Rangoon Lunatic Asylum 1878-1892 - 1878-1892
Year: 1878
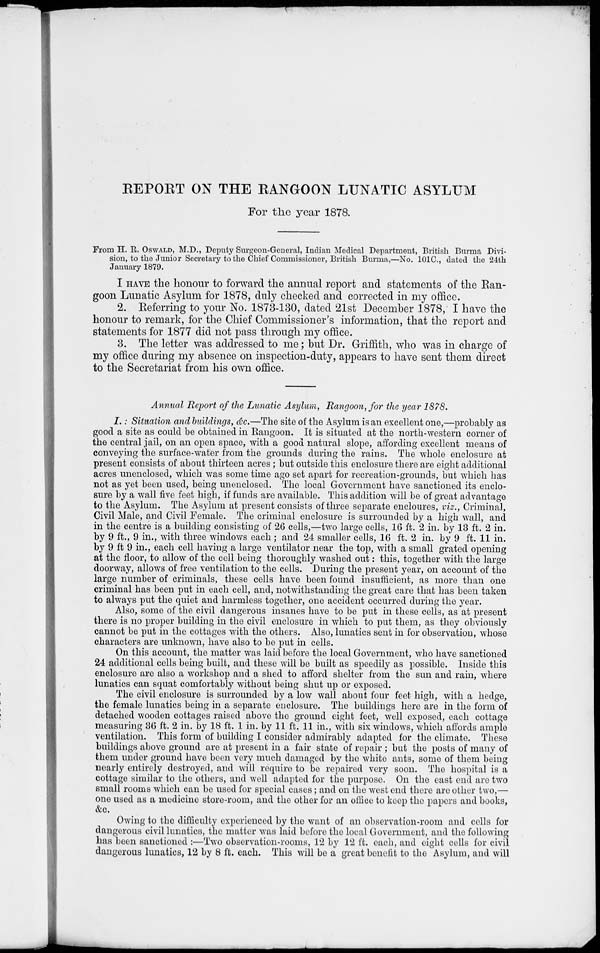
REPORT ON THE KANGOON LUNATIC ASYLUM
For the year 1878.
From H. R. OSWALD, M.D., Deputy Surgeon-General, Indian Medical Department, British Burma Divi-
sion, to the Junior Secretary to the Chief Commissioner, British Burma,—No. 101C, dated the 24th
January 1879.
I HAVE the honour to forward the annual report and statements of the Ran-
goon Lunatic Asylum for 1878, duly checked and corrected in my office.
2. Referring to your No. 1873-130, dated 21st December 1878, I have the
honour to remark, for the Chief Commissioner's information, that the report and
statements for 1877 did not pass through my office.
3. The letter was addressed to me; but Dr. Griffith, who was in charge of
my office during my absence on inspection-duty, appears to have sent them direct
to the Secretariat from his own office.
Annual Report of the Lunatic Asylum, Rangoon, for the year 1878.
I.: Situation and buildings, &c.—The site of the Asylum is an excellent one,—probably as
good a site as could be obtained in Rangoon. It is situated at the north-western corner of
the central jail, on an open space, with a good natural slope, affording excellent means of
conveying the surface-water from the grounds during the rains. The whole enclosure at
present consists of about thirteen acres; but outside this enclosure there are eight additional
acres unenclosed, which was some time ago set apart for recreation-grounds, but which has
not as yet been used, being unenclosed. The local Government have sanctioned its enclo-
sure by a wall five feet high, if funds are available. This addition will be of great advantage
to the Asylum. The Asylum at present consists of three separate encloures, viz., Criminal,
Civil Male, and Civil Female. The criminal enclosure is surrounded by a high wall, and
in the centre is a building consisting of 26 cells,—two large cells, 16 ft. 2 in. by 13 ft. 2 in.
by 9 ft., 9 in., with three windows each; and 24 smaller cells, 16 ft. 2 in. by 9 ft. 11 in.
by 9 ft 9 in., each cell having a large ventilator near the top, with a small grated opening
at the floor, to allow of the cell being thoroughly washed out: this, together with the large
doorway, allows of free ventilation to the cells. During the present year, on account of the
large number of criminals, these cells have been found insufficient, as more than one
criminal has been put in each cell, and, notwithstanding the great care that has been taken
to always put the quiet and harmless together, one accident occurred during the year.
Also, some of the civil dangerous insanes have to be put in these cells, as at present
there is no proper building in the civil enclosure in which to put them, as they obviously
cannot be put in the cottages with the others. Also, lunatics sent in for observation, whose
characters are unknown, have also to be put in cells.
On this account, the matter was laid before the local Government, who have sanctioned
24 additional cells being built, and these will be built as speedily as possible. Inside this
enclosure are also a workshop and a shed to afford shelter from the sun and rain, where
lunatics can squat comfortably without being shut up or exposed.
The civil enclosure is surrounded by a low wall about four feet high, with a hedge,
the female lunatics being in a separate enclosure. The buildings here are in the form of
detached wooden cottages raised above the ground eight feet, well exposed, each cottage
measuring 36 ft. 2 in. by 18 ft. 1 in. by 11 ft. 11 in., with six windows, which affords ample
ventilation. This form of building I consider admirably adapted for the climate. These
buildings above ground are at present in a fair state of repair ; but the posts of many of
them under ground have been very much damaged by the white ants, some of them being
nearly entirely destroyed, and will require to be repaired very soon. The hospital is a
cottage similar to the others, and well adapted for the purpose. On the east end are two
small rooms which can be used for special cases; and on the west end there are other two,—
one used as a medicine store-room, and the other for an office to keep the papers and books,
&c.
Owing to the difficulty experienced by the want of an observation-room and cells for
dangerous civil lunatics, the matter was laid before the local Government, and the following
has been sanctioned :—Two observation-rooms, 12 by 12 ft. each, and eight cells for civil
dangerous lunatics, 12 by 8 ft. each. This will be a great benefit to the Asylum, and will